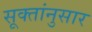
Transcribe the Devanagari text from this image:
सूक्तांनुसार